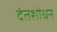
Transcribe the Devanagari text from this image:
दंतशोधन